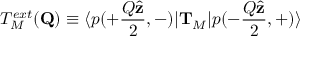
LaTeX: T _ { M } ^ { e x t } ( { \bf Q } ) \equiv \langle p ( + \frac { Q \hat { \bf z } } { 2 } , - ) \vert { \bf T } _ { M } \vert p ( - \frac { Q \hat { \bf z } } { 2 } , + ) \rangle